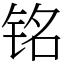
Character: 铭